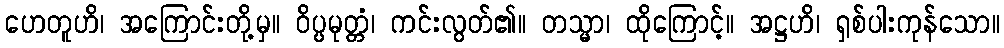
ဟေတူဟိ၊ အကြောင်းတို့မှ။ ဝိပ္ပမုတ္တံ၊ ကင်းလွတ်၏။ တသ္မာ၊ ထိုကြောင့်။ အဋ္ဌဟိ၊ ရှစ်ပါးကုန်သော။